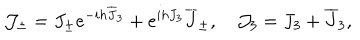
{ \cal J } _ { \pm } = J _ { \pm } e ^ { - i h { \overline { { J } } } _ { 3 } } + e ^ { i h J _ { 3 } } { \overline { { J } } } _ { \pm } , \quad { \cal J } _ { 3 } = J _ { 3 } + { \overline { { J } } } _ { 3 } ,